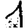
Digit: 1